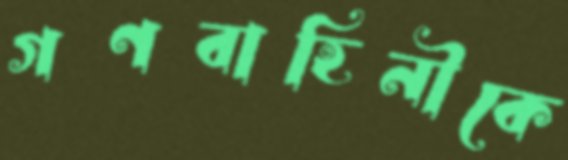
গণবাহিনীকে